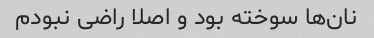
نان‌ها سوخته بود و اصلا راضی نبودم